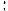
: